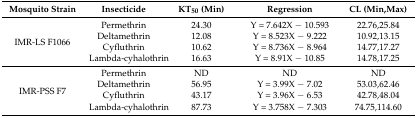
| Mosquito Strain | Insecticide | KT50 (Min) | Regression | CL (Min,Max) |
 | --- | --- | --- | --- | --- |
 | <ROWSPAN=4> IMR-LS F1066 | Permethrin | 24.30 | Y = 7.642X − 10.593 | 22.76,25.84 |
 | Deltamethrin | 12.08 | Y = 8.523X − 9.222 | 10.92,13.15 |
 | Cyfluthrin | 10.62 | Y = 8.736X − 8.964 | 14.77,17.27 |
 | Lambda-cyhalothrin | 16.63 | Y = 8.91X − 10.85 | 14.78,17.25 |
 | <ROWSPAN=4> IMR-PSS F7 | Permethrin | ND | ND | ND |
 | Deltamethrin | 56.95 | Y = 3.99X − 7.02 | 53.03,62.46 |
 | Cyfluthrin | 43.17 | Y = 3.96X − 6.53 | 42.78,48.04 |
 | Lambda-cyhalothrin | 87.73 | Y = 3.758X − 7.303 | 74.75,114.60 |